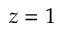
z = 1